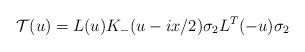
LaTeX: \begin{align*}{\cal T} (u) = L (u) K_{-} (u - i x/2) \sigma_2 L^T (-u)\sigma_2\end{align*}